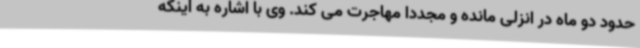
حدود دو ماه در انزلی مانده و مجددا مهاجرت می کند. وی با اشاره به اینکه